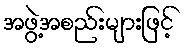
အဖွဲ့အစည်းများဖြင့်